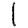
Digit: 1